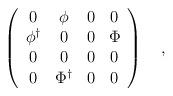
LaTeX: \begin{align*}\left( \begin{array} {cccc} 0 & \phi & 0 & 0 \\ \phi^{\dagger} & 0 & 0 & \Phi \\0 & 0 & 0 & 0 \\ 0 & \Phi^{\dagger} & 0 & 0 \end{array} \right)~~~,\end{align*}